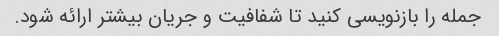
جمله را بازنویسی کنید تا شفافیت و جریان بیشتر ارائه شود.